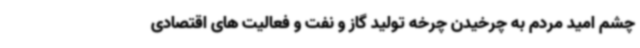
چشم امید مردم به چرخیدن چرخه تولید گاز و نفت و فعالیت های اقتصادی